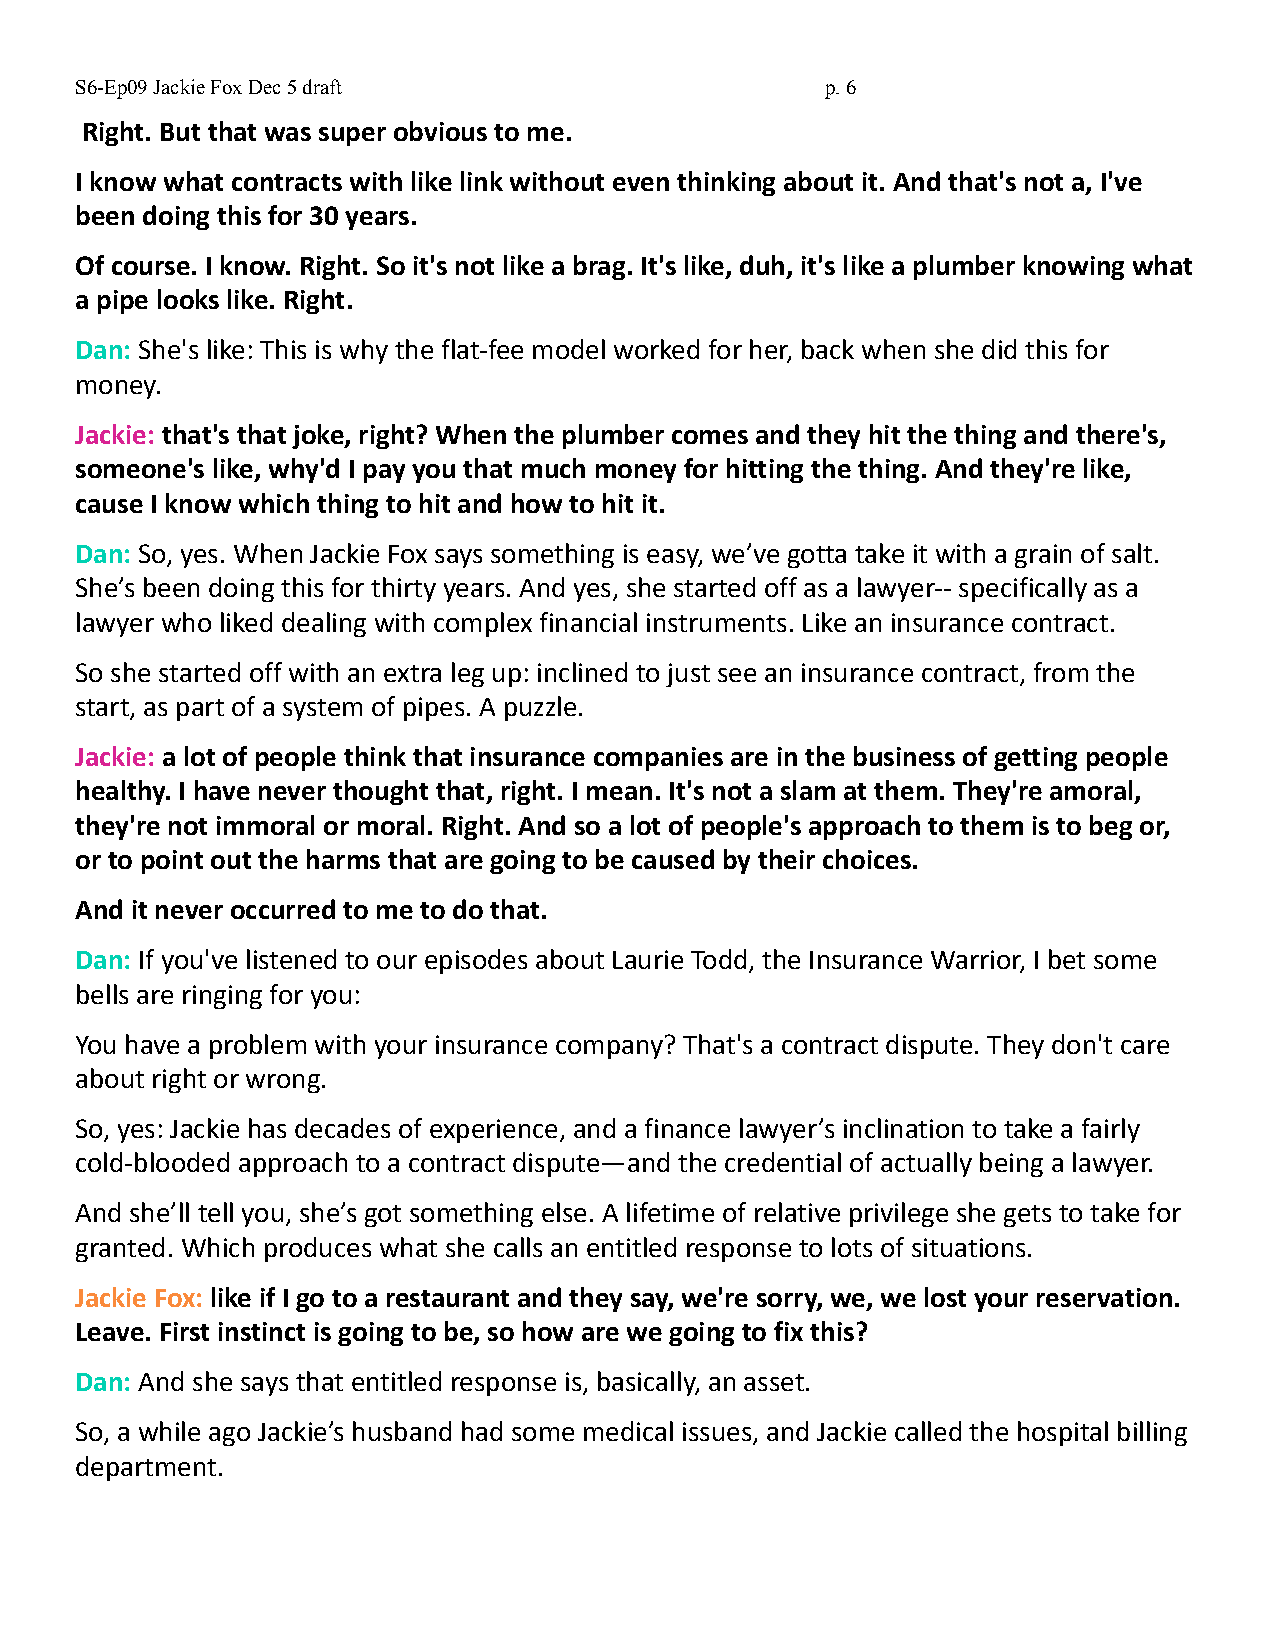
S6-Ep09 Jackie Fox Dec 5 draft                    p.6
 Right. But that was super obvious to me.
 I know what contracts with like link without even thinking about it. And that's not a, I've
 been doing this for 30 years.
 Of course. I know. Right. So it's not like a brag. It's like, duh, it's like a plumber knowing what
 a pipe looks like. Right.
 Dan: She's like: This is why the flat-fee model worked for her, back when she did this for
 money.
 Jackie: that's that joke, right? When the plumber comes and they hit the thing and there's,
 someone's like, why'd I pay you that much money for hitting the thing. And they're like,
 cause I know which thing to hit and how to hit it.
 Dan: So, yes. When Jackie Fox says something is easy, we’ve gotta take it with a grain of salt.
 She’s been doing this for thirty years. And yes, she started off as a lawyer-- specifically as a
 lawyer who liked dealing with complex financial instruments. Like an insurance contract.
 So she started off with an extra leg up: inclined to just see an insurance contract, from the
 start, as part of a system of pipes. A puzzle.
 Jackie: a lot of people think that insurance companies are in the business of getting people
 healthy. I have never thought that, right. I mean. It's not a slam at them. They're amoral,
 they're not immoral or moral. Right. And so a lot of people's approach to them is to beg or,
 or to point out the harms that are going to be caused by their choices.
 And it never occurred to me to do that.
 Dan: If you've listened to our episodes about Laurie Todd, the Insurance Warrior, I bet some
 bells are ringing for you:
 You have a problem with your insurance company? That's a contract dispute. They don't care
 about right or wrong.
 So, yes: Jackie has decades of experience, and a finance lawyer’s inclination to take a fairly
 cold-blooded approach to a contract dispute—and the credential of actually being a lawyer.
 And she’ll tell you, she’s got something else. A lifetime of relative privilege she gets to take for
 granted. Which produces what she calls an entitled response to lots of situations.
 Jackie Fox: like if I go to a restaurant and they say, we're sorry, we, we lost your reservation.
 Leave. First instinct is going to be, so how are we going to fix this?
 Dan: And she says that entitled response is, basically, an asset.
 So, a while ago Jackie’s husband had some medical issues, and Jackie called the hospital billing
 department.